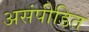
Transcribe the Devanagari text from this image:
असंपीडित